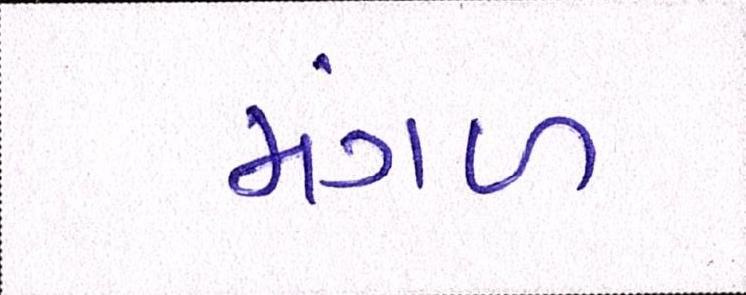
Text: મંગળ